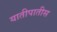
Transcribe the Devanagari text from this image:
यातीपातीस